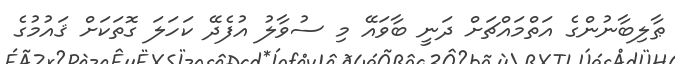
ޠާލިބާނުންގެ އަތްމައްޗަށް ދަނީ ބާވައޭ މި ސުވާލު އުފެދޭ ކަހަލަ ގޮތަކަށް ޤައުމުގެ